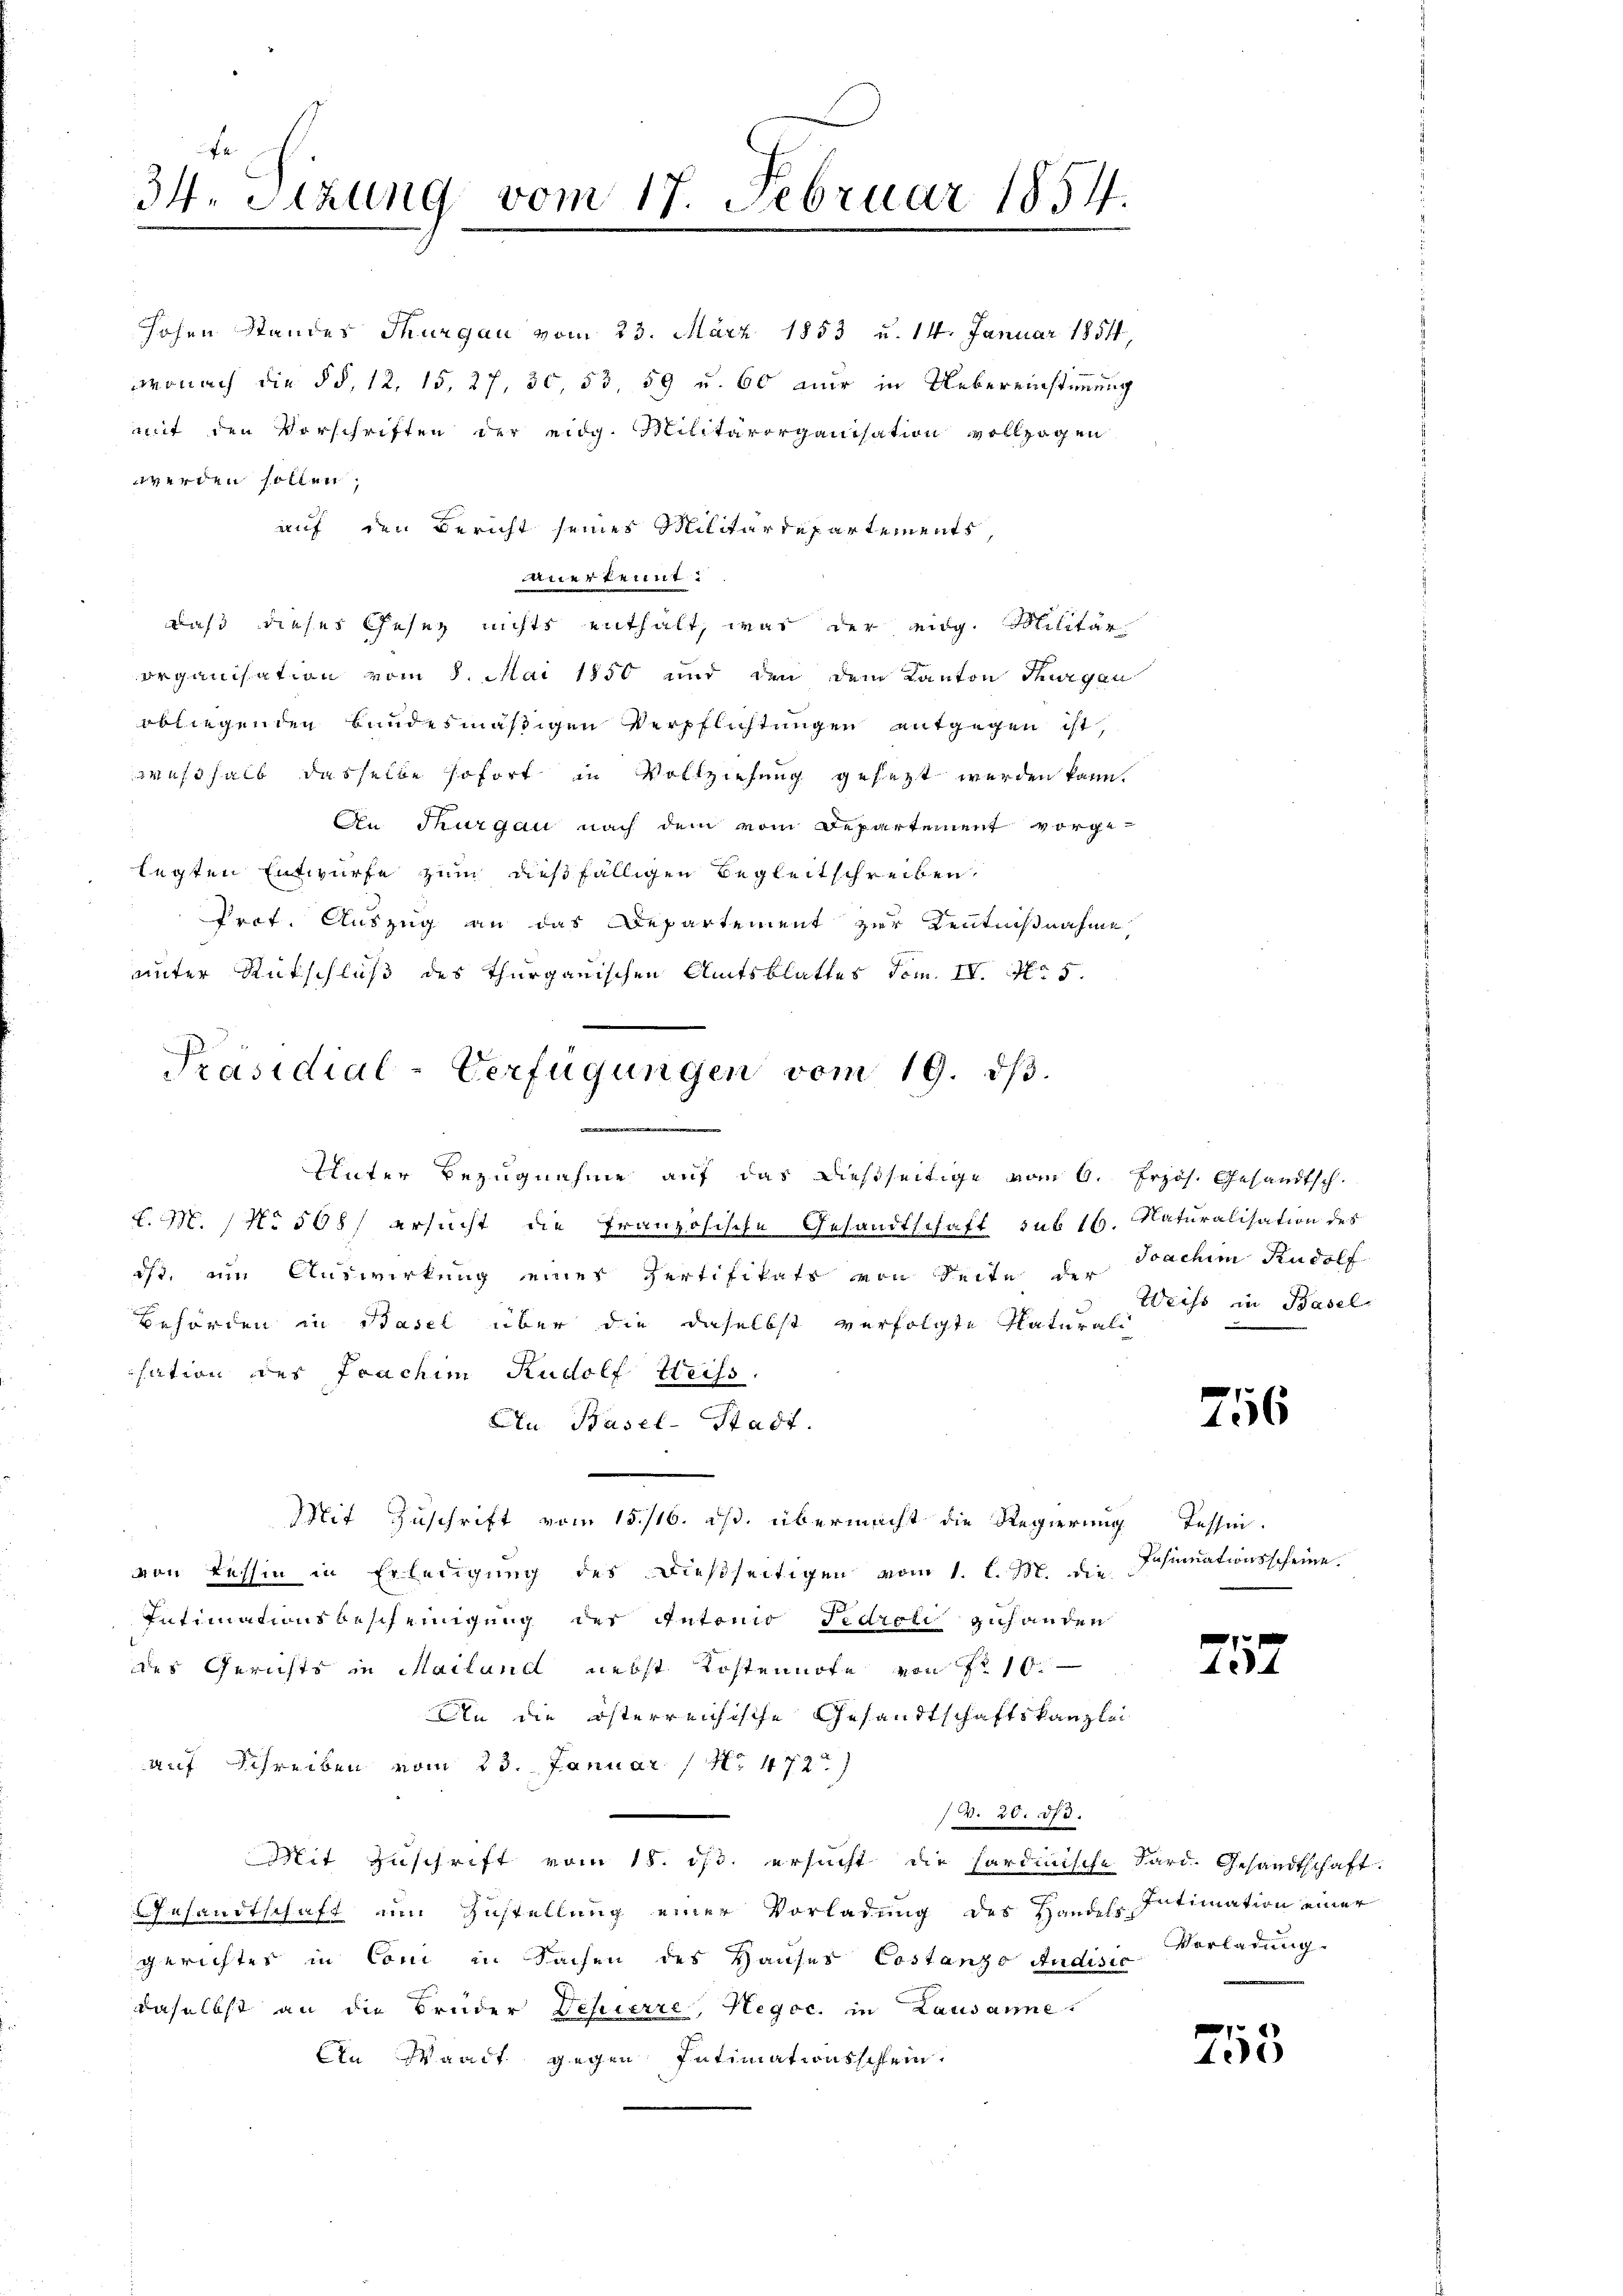
34. Sitzung vom 17. Februar 1854.

mit den Vorschriften der eidg. Militärorganisation vollzogen
werden sollen;
auf den Bericht seines Militärdepartements,
anerkennt:
daß dieses Gesez nichts enthalt, was der eidg. Militär
organisation vom 8. Mai 1850 und den dem Kanton Thurgau
obliegenden bundesmäßigen Verpflichtungen entgegen ist,
weßhalb dasselbe sofort in Vollziehung gesezt werden kann.
An Thurgau nach dem vom Departement vorge-
legten Entwurfe zum dießfälligen Begleitschreiben,
Prot. Auszug an das Departement zur Kenntnißnahme,
unter Rückschluß des Thurgauischen Amtsblattes Tom. IV. No 5.
Präsidial-Verfügungen vom 19. dβ.

hohen Standes Thurgau vom 23. März 1853 u. 14. Januar 1854,
wonach die § §. 12. 15, 27, 30, 53, 59 u. 60 nur in Uebereinstimmung

Unter Bezugnahme auf das dießseitige vom 9. Frzös. Gesandtsch.
L.M. / No 508, ersucht die französische Gesandtschaft sub 16. Naturalisation des
iß, um Auswirkung eines Zertifikats von Seite der Sachen Rudolf
Behörden in Basel über die daselbst verfolgte Naturali
isation des Frachim Rudolf Weiss.
An Basel-Stadt.
Mit Zuschrift vom 15./16. ds. übermacht die Regierung Tessin.
von Tessin in Erledigung des dießseitigen vom 1. l. M. die Schumationsscheine
Intimationsbescheinigung des Antonio Fedroli zuhanden
des Gerichts in Mailand nebst Kostennote von No 10.
An die österreichische Gesandtschaftskanzlei
auf Schreiben vom 23. Januar 14. 472.)
W. 20. 375.
Mit Zuschrift vom 18. ds. ersucht die Sardinische Sard. Gesandtschaft.
Gesandtschaft um Zustellung einer Vorladung des Handels Intimation einer
gerichtes in Coni in Sachen des Hauses Costanzo Audiste
daselbst an die Brüder Defierre, Hegoc. in Lausanne.
An Waadt gegen Intimationsschlein.

Weiss in Basel

756

257

Vorladung.

753